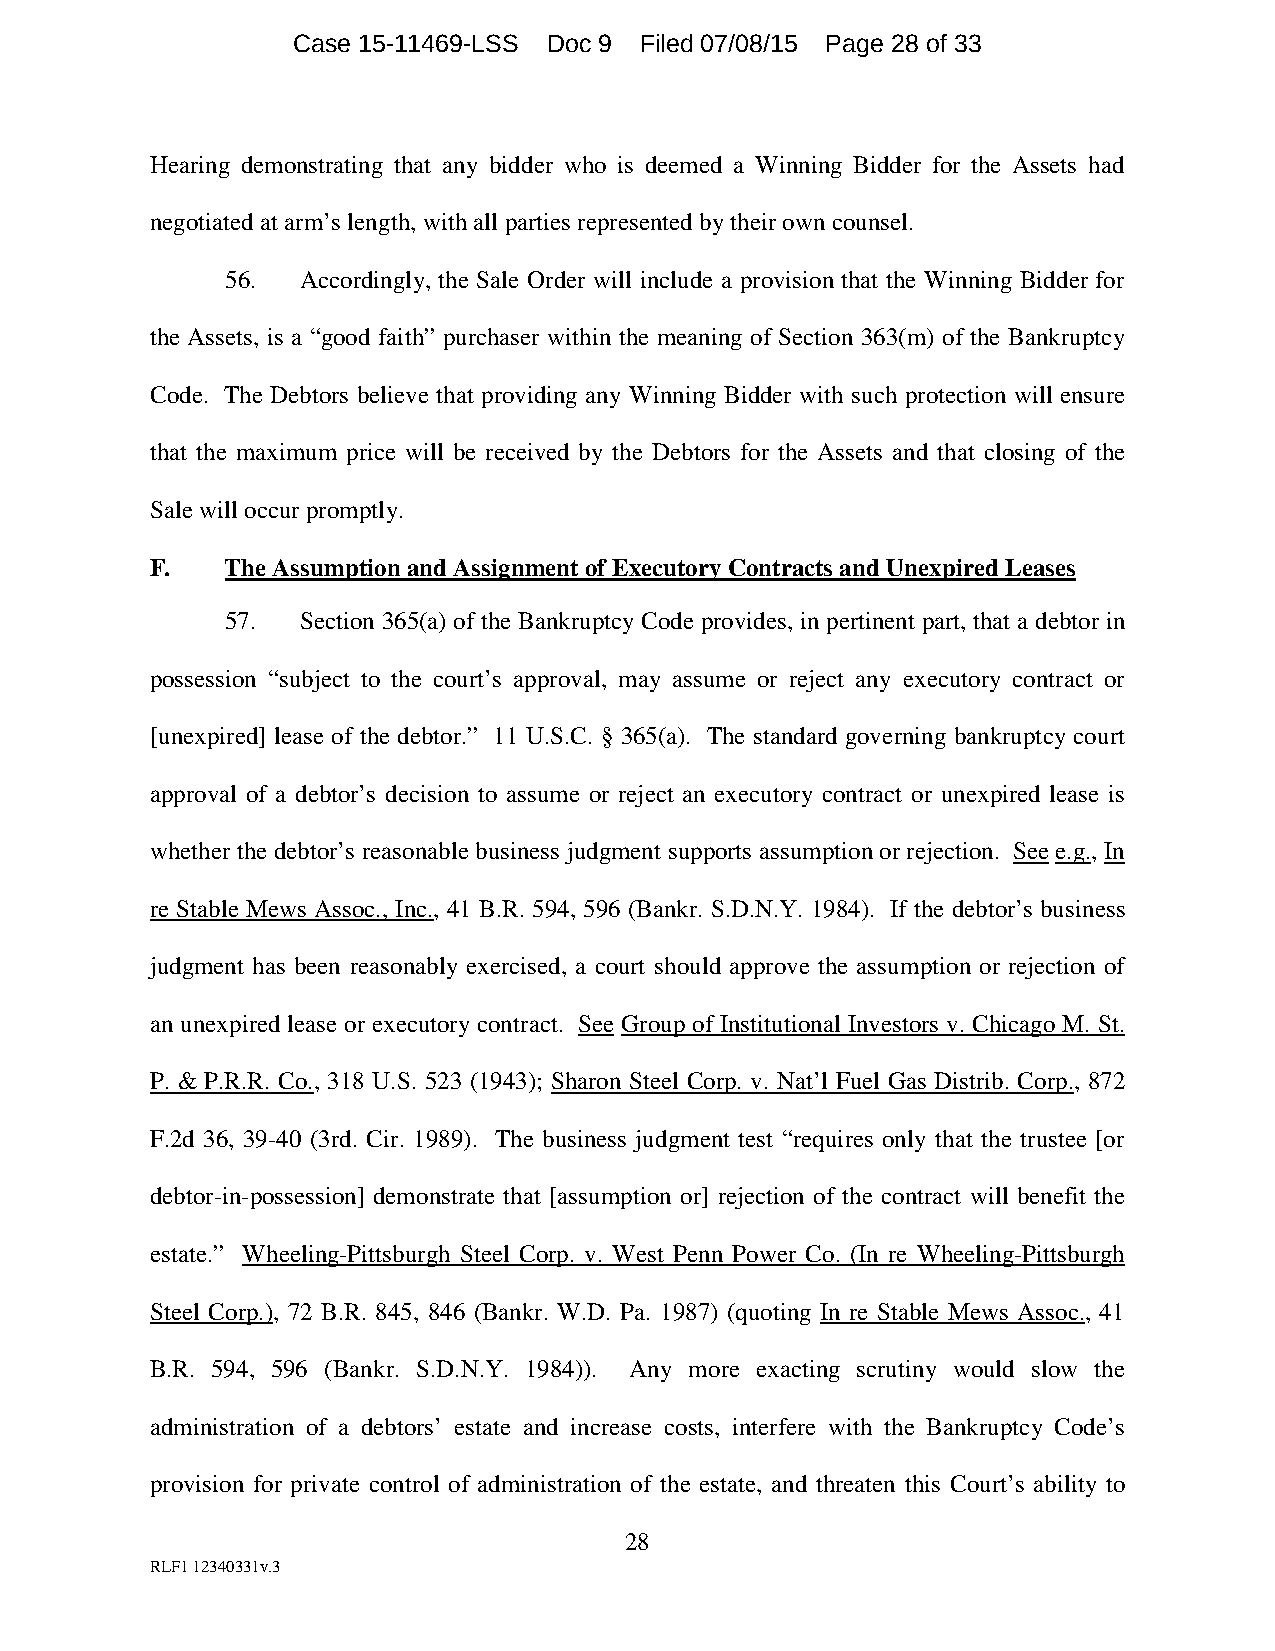
Case 15-11469-LSS Doc 9 Filed 07/08/15 Page 28 of 33
 Hearing demonstrating that any bidder who is deemed a Winning Bidder for the Assets had
 negotiated at arm’s length, with all parties represented by their own counsel.
 56.  Accordingly, the Sale Order will include a provision that the Winning Bidder for
 the Assets, is a “good faith” purchaser within the meaning of Section 363(m) of the Bankruptcy
 Code. The Debtors believe that providing any Winning Bidder with such protection will ensure
 that the maximum price will be received by the Debtors for the Assets and that closing of the
 Sale will occur promptly.
 F.   The Assumption and Assignment of Executory Contracts and Unexpired Leases
 57.  Section 365(a) of the Bankruptcy Code provides, in pertinent part, that a debtor in
 possession “subject to the court’s approval, may assume or reject any executory contract or
 [unexpired] lease of the debtor.” 11 U.S.C. § 365(a). The standard governing bankruptcy court
 approval of a debtor’s decision to assume or reject an executory contract or unexpired lease is
 whether the debtor’s reasonable business judgment supports assumption or rejection. See e.g., In
 re Stable Mews Assoc., Inc., 41 B.R. 594, 596 (Bankr. S.D.N.Y. 1984). If the debtor’s business
 judgment has been reasonably exercised, a court should approve the assumption or rejection of
 an unexpired lease or executory contract. See Group of Institutional Investors v. Chicago M. St.
 P. & P.R.R. Co., 318 U.S. 523 (1943); Sharon Steel Corp. v. Nat’l Fuel Gas Distrib. Corp., 872
 F.2d 36, 39-40 (3rd. Cir. 1989). The business judgment test “requires only that the trustee [or
 debtor-in-possession] demonstrate that [assumption or] rejection of the contract will benefit the
 estate.” Wheeling-Pittsburgh Steel Corp. v. West Penn Power Co. (In re Wheeling-Pittsburgh
 Steel Corp.), 72 B.R. 845, 846 (Bankr. W.D. Pa. 1987) (quoting In re Stable Mews Assoc., 41
 B.R. 594, 596 (Bankr. S.D.N.Y. 1984)). Any more exacting scrutiny would slow the
 administration of a debtors’ estate and increase costs, interfere with the Bankruptcy Code’s
 provision for private control of administration of the estate, and threaten this Court’s ability to
 28
 RLF1 12340331v.3